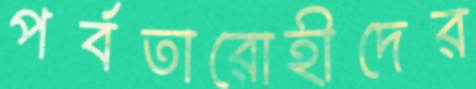
পর্বতারোহীদের